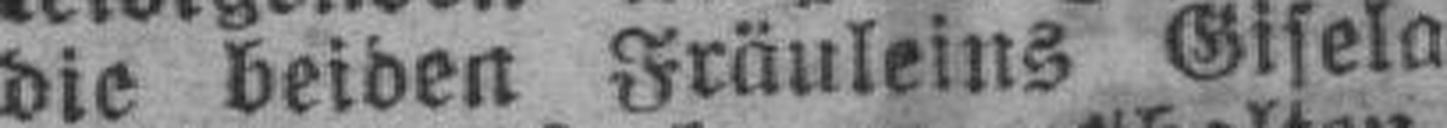
die beiden Fräuleins Gisela